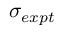
\sigma _ { e x p t }